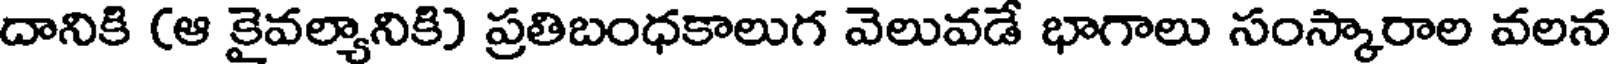
దానికి (ఆ కైవల్యానికి) ప్రతిబంధకాలుగ వెలువడే భాగాలు సంస్కారాల వలన